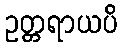
ဥတ္တရာယပိ